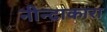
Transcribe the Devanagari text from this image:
नीन्दाकारा